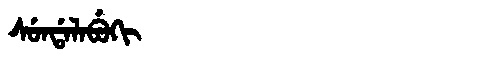
Manchu: ᠰᡠᠨᡩᠠᠯᠠᠪᡠᡴᡳ
Romanization: SUNDALABUKI